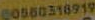
60560318919